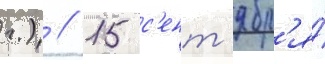
г.) // 15 с'ент'ябр'я́